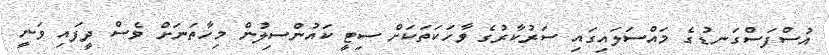
އުސްފަސްގަނޑުގެ މައްސަލައިގައި ސަރުކާރުގެ ވާހަކަތަކަށް ސިޓީ ކައުންސިލުން މިހާތަނަށް ވެސް ދީފައި ވަނީ